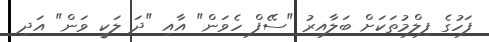
ފަހުގެ ފިލްމުތަކަށް ބަލާއިރު "ސޭފް ހެވަން" އާއި "ދަ ލަކީ ވަން" އަދި